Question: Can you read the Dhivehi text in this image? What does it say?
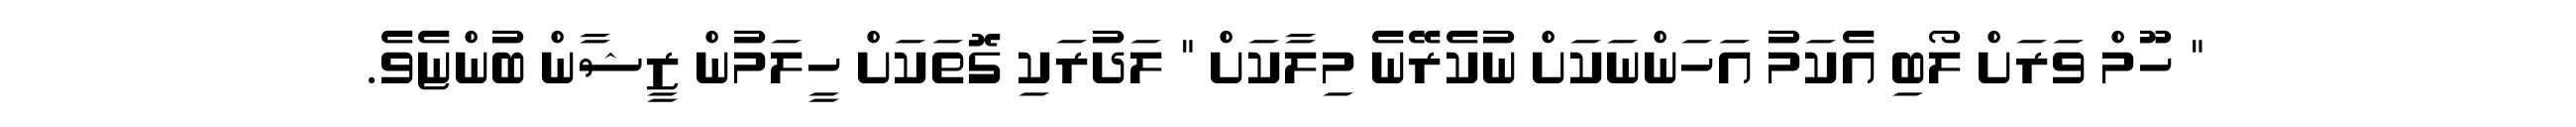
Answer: " ހޫމް ވަރަށް ލޯބި އެކަމު އަހަންނަކަށް ނުކެރޭނެ މިލާކަށް " ލަދުރަކި ގޮތަކަށް ހީލަމުން ޒީޝާން ބުންޏެވެ.